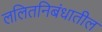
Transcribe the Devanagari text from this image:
ललितनिबंधातील